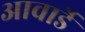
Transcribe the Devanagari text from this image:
आवार्डे